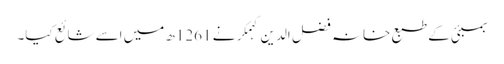
بمبئی کے طبع خانہ فضل الدین کہمکر نے 1261ھ میں اِسے شائع کیا۔